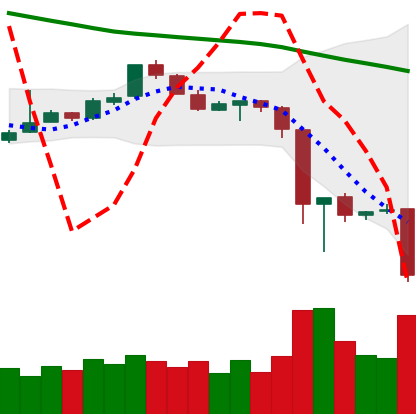
Ticker: EOS-USD
Chart end date: 2018-11-19
Forward return: -20.123%
Label: down_7plus